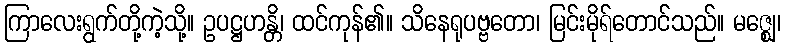
ကြာလေးရွက်တို့ကဲ့သို့။ ဥပဋ္ဌဟန္တိ၊ ထင်ကုန်၏။ သိနေရုပဗ္ဗတော၊ မြင်းမိုရ်တောင်သည်။ မဇ္ဈေ၊